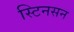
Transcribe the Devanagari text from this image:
स्टिनसन